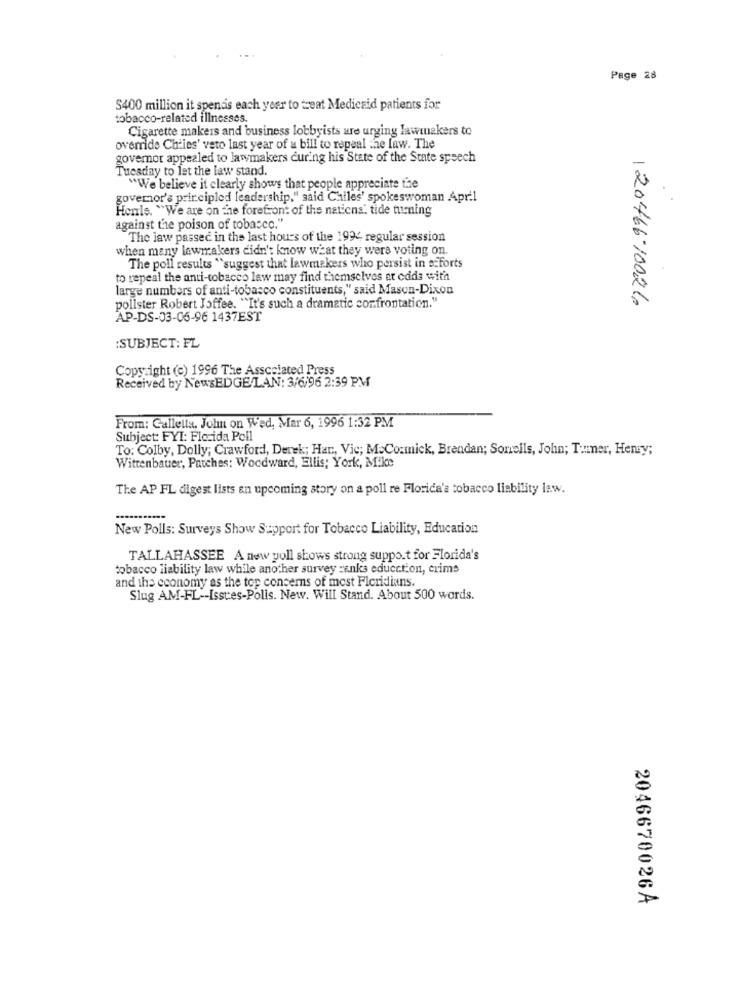
Page 28
S400 million it spends each year to treat Medicaid patients for
tobacco-related illnesses.
Cigarette makers and business lobbyists are urging lawmakers to
override Chiies' veto last year of a bill to repeal the law. The
governor appealed to lawmakers curing his State of the State speech
Tuesday to let the law stand.
"We believe it clearly shows that people appreciate the
governor's principled leadership," said Calles' spokeswoman April
Henle. "We are on the forefront of the nations. tide turning
against the poison of tobacco.
The law passed in the last hours of the 1994 regular session
when many lawmakers didn't know what they were voting on.
The poll results "suggest that lawmakers who persist in a Forts
to repeal the anti-tobacco law may find themselves at odds with
large numbers of anti-tobacco constituents," said Mason-Dixon
polister Robert Joffee. "It's such a dramatic confrontation."
12046610026
AP-DS-03-06-96 1437EST
:SUBJECT: FL
Copyright (c) 1996 The Associated Press
Received by NewsEDGE/LAN: 3/6/96 2:39 PM
From: Gallella, John on Wed, Mar 6, 1996 1:32 PM
Subject: FYI: Florida Poll
To: Colby, Dolly; Crawford, Derek; Har, Vic; McCormick, Brendan; Sorells, John; Tuner, Henry;
Wittenbauer, Patches: Woodward, Ellis; York, Mike
The AP FL digest lists an upcoming story on a poll re Florida's tobacco liability law.
New Polls: Surveys Show Support for Tobacco Liability, Education
TALLAHASSEE A new poll shows strong support for Florida's
tobacco liability law while another survey ranks educction, crims
and the economy as the top concerns of most Floridians.
Slug AM-FL -- Issues-Polis. New. Will Stand. About 500 words.
2046670026A